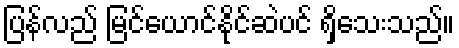
ပြန်လည် မြင်ယောင်နိုင်ဆဲပင် ရှိသေးသည်။